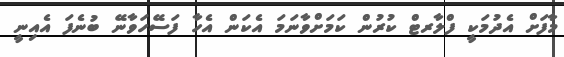
މާފަށް އެދުމަކީ ފްލާރޓް ކުރުން ކަމަށްވާނަމަ އެކަން އެހާ ފަސޭހަވާނޭ ބުނެފަ އެއިނީ